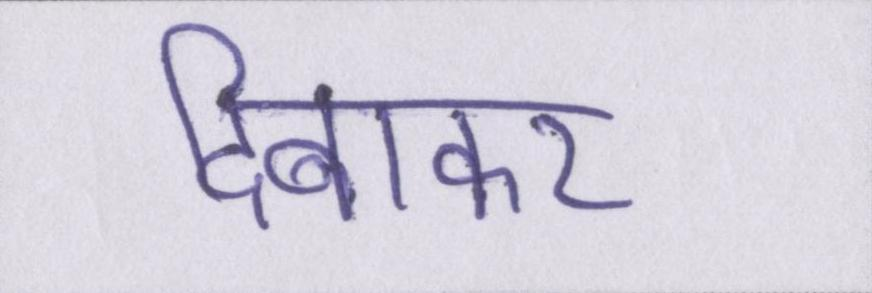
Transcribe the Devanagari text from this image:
दिबाकर